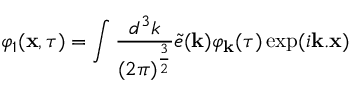
\varphi _ { 1 } ( { \bf x } , \tau ) = \int \frac { d ^ { 3 } k } { ( 2 \pi ) ^ { \frac { 3 } { 2 } } } \tilde { e } ( { \bf k } ) \varphi _ { \bf k } ( \tau ) \exp ( i { \bf k . x } )